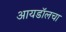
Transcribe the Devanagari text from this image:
आयडॉलचा